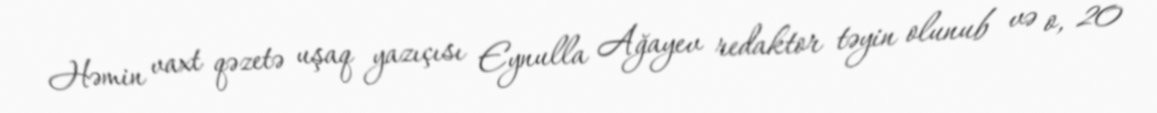
Həmin vaxt qəzetə uşaq yazıçısı Eynulla Ağayev redaktor təyin olunub və o, 20